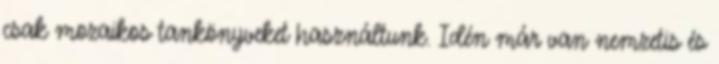
csak mozaikos tankönyveket használtunk. Idén már van nemzetis és